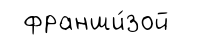
франши́зой